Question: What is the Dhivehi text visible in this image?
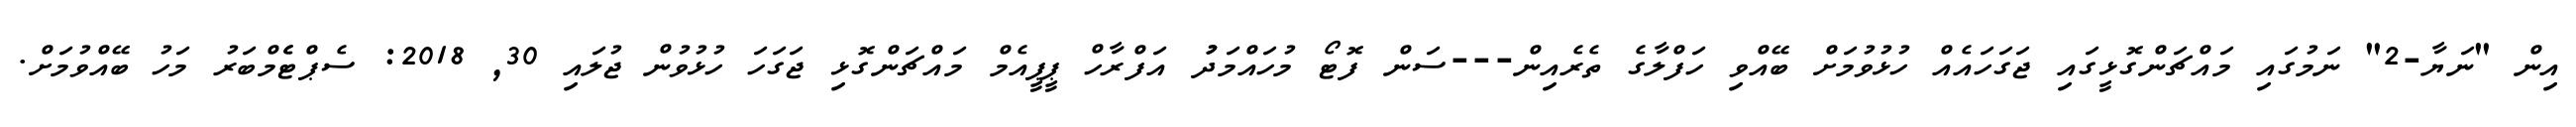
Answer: އިން "ނަޔާ-2" ނަމުގައި މައްޗަންގޮޅީގައި ޖަގަހައެއް ހުޅުވުމަށް ބޭއްވި ހަފްލާގެ ތެރެއިން---ސަން ފޮޓޯ މުހައްމަދުު އަފްރާހް ޕީޕީއެމް މައްޗަންގޮޅި ޖަގަހަ ހުޅުވުން ޖުލައި 30, 2018: ސެޕްޓެެމްބަރު މަހު ބޭއްވުމަށް.